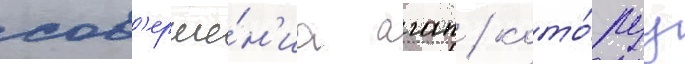
сов'ерше́н'иа агап / кото́руу